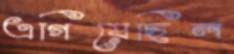
এগিয়েছিল